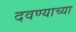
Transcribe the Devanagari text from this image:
दवण्याच्या